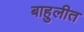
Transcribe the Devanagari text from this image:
बाहुलीत